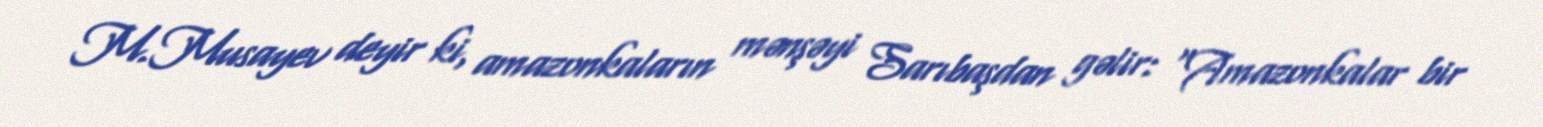
M.Musayev deyir ki, amazonkaların mənşəyi Sarıbaşdan gəlir: “Amazonkalar bir